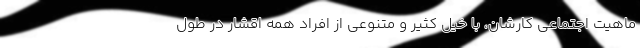
ماهیت اجتماعی کارشان، با خیل کثیر و متنوعی از افراد همه اقشار در طول